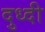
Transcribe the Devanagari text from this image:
दुध्दी